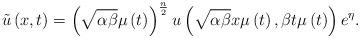
LaTeX: \begin{align*}\tilde{u}\left( x,t\right) =\left( \sqrt{\alpha \beta }\mu \left( t\right)\right) ^{\frac{n}{2}}u\left( \sqrt{\alpha \beta }x\mu \left( t\right),\beta t\mu \left( t\right) \right) e^{\eta }. \end{align*}